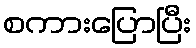
စကားပြောပြီး